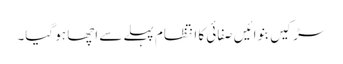
سڑکیں بنوائیں صفائی کا انتظام پہلے سے اچھا ہو گیا۔